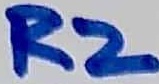
Text: R2